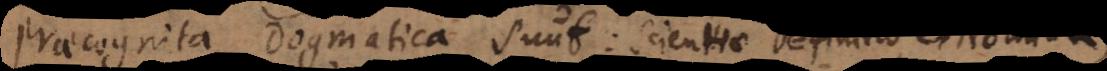
Praecognita Dogmatica sunt: scientiae Definitio, Nomina